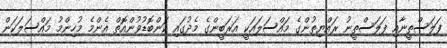
ފަލަސްތީނާއި ފަލަސްތީނު ރައްޔިތުންގެ މައްސަލައަކީ އަރަބީންގެ މެދުގައި ކަންބޮޑުވުންއޮތް އެންމެ މުހިންމު މައްސަލަކަން